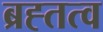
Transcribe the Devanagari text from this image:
ब्रह्तत्व